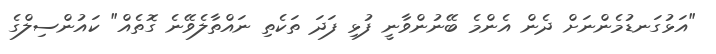
"އަޅުގަނޑުމެންނަށް ދެން އެންމެ ބޭނުންވާނީ ފުޅި ފަދަ ތަކެތި ނައްތާލެވޭނެ ގޮތެއް" ކައުންސިލްގެ